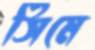
সিমে